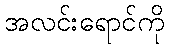
အလင်းရောင်ကို